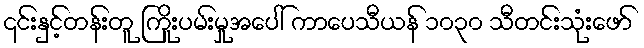
၎င်းနှင့်တန်းတူ ကြိုးပမ်းမှုအပေါ် ကာပေသီယန် ၁၀၃၀ သီတင်းသုံးဖော်